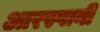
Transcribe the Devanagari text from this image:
आरस्पानी